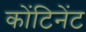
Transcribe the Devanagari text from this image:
कोंटिनेंट